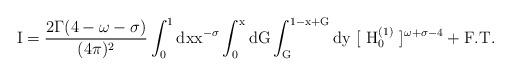
LaTeX: \begin{align*}\rm I = \frac{2\Gamma (4-\omega-\sigma)}{(4\pi)^2} \int^1_0 dxx^{-\sigma} \int^x_0 dG \int^{1-x+G}_G dy~[~H_0^{(1)}~]^{\omega+\sigma-4} + F.T.\end{align*}